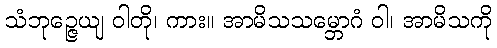
သံဘုဉ္ဇေယျ ဝါတို၊ ကား။ အာမိသသမ္ဘောဂံ ဝါ၊ အာမိသကို